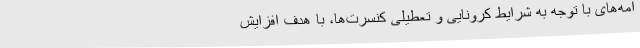
امه‌های با توجه به شرایط کرونایی و تعطیلی کنسرت‌ها، با هدف افزایش